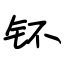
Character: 钚